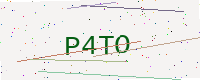
Text: P4TO